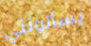
يسألونني